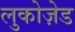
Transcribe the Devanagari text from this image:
लुकोज़ेड